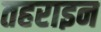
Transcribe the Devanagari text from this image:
तहराइन